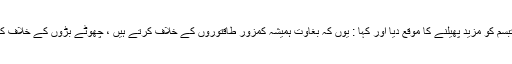
میں نے اپنے تبسم کو مزيد پھیلنے کا موقع دیا اور کہا : یوں کہ بغاوت ہمیشہ کمزور طاقتوروں کے خلاف کرتے ہیں ، چھوٹے بڑوں کے خلاف کرتے ہیں اور ۔